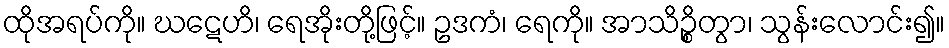
ထိုအရပ်ကို။ ဃဋေဟိ၊ ရေအိုးတို့ဖြင့်။ ဥဒကံ၊ ရေကို။ အာသိဉ္စိတွာ၊ သွန်းလောင်း၍။